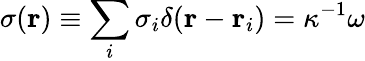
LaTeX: \sigma(\mathbf{r})\equiv\sum_{i}\sigma_{i}\delta(\mathbf{r}-\mathbf{r}_{i})=\kappa^{-1}\omega